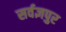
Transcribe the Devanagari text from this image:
सर्वज्ञपुर